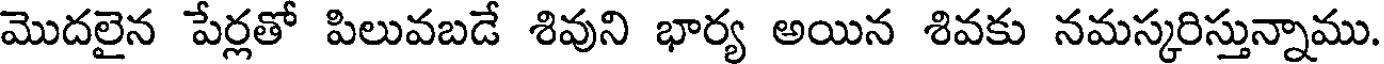
మొదలైన పేర్లతో పిలువబడే శివుని భార్య అయిన శివకు నమస్కరిస్తున్నాము